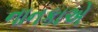
નાનકાએ